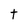
Character: t